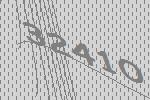
32410